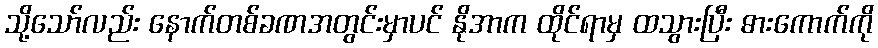
သို့သော်လည်း နောက်တစ်ခဏအတွင်းမှာပင် နိုအာက ထိုင်ရာမှ ထသွားပြီး ဓားကောက်ကို